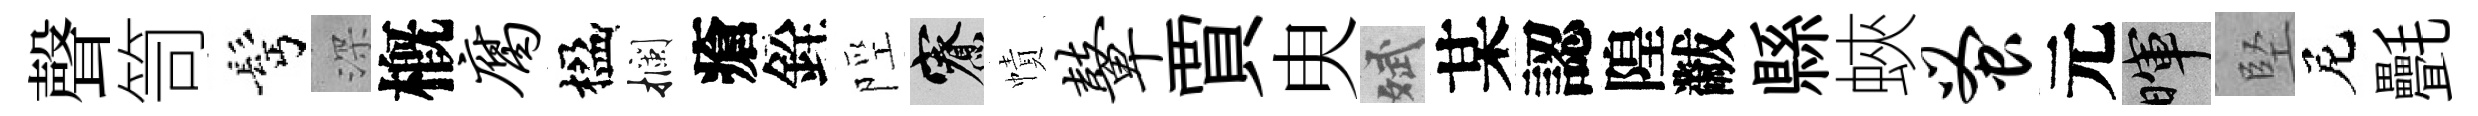
聲笥髩深槪腐楹攔瘡銓陘寮幘鼙賈㬰斌某認隍黻縣蛺蚤元暉堅尼㲲